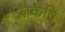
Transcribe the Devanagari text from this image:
तकष़ि